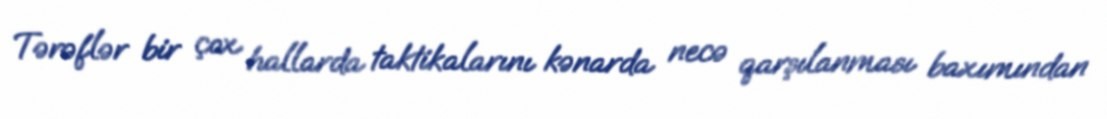
Tərəflər bir çox hallarda taktikalarını kənarda necə qarşılanması baxımından